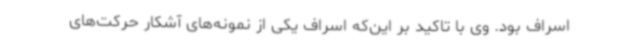
اسراف بود. وی با تاکید بر این‌که اسراف یکی از نمونه‌های آشکار حرکت‌های